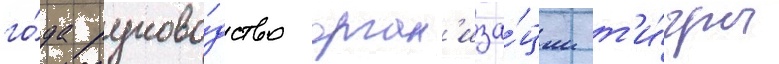
го́да руково́дство орган'иза́ции т'и́гры